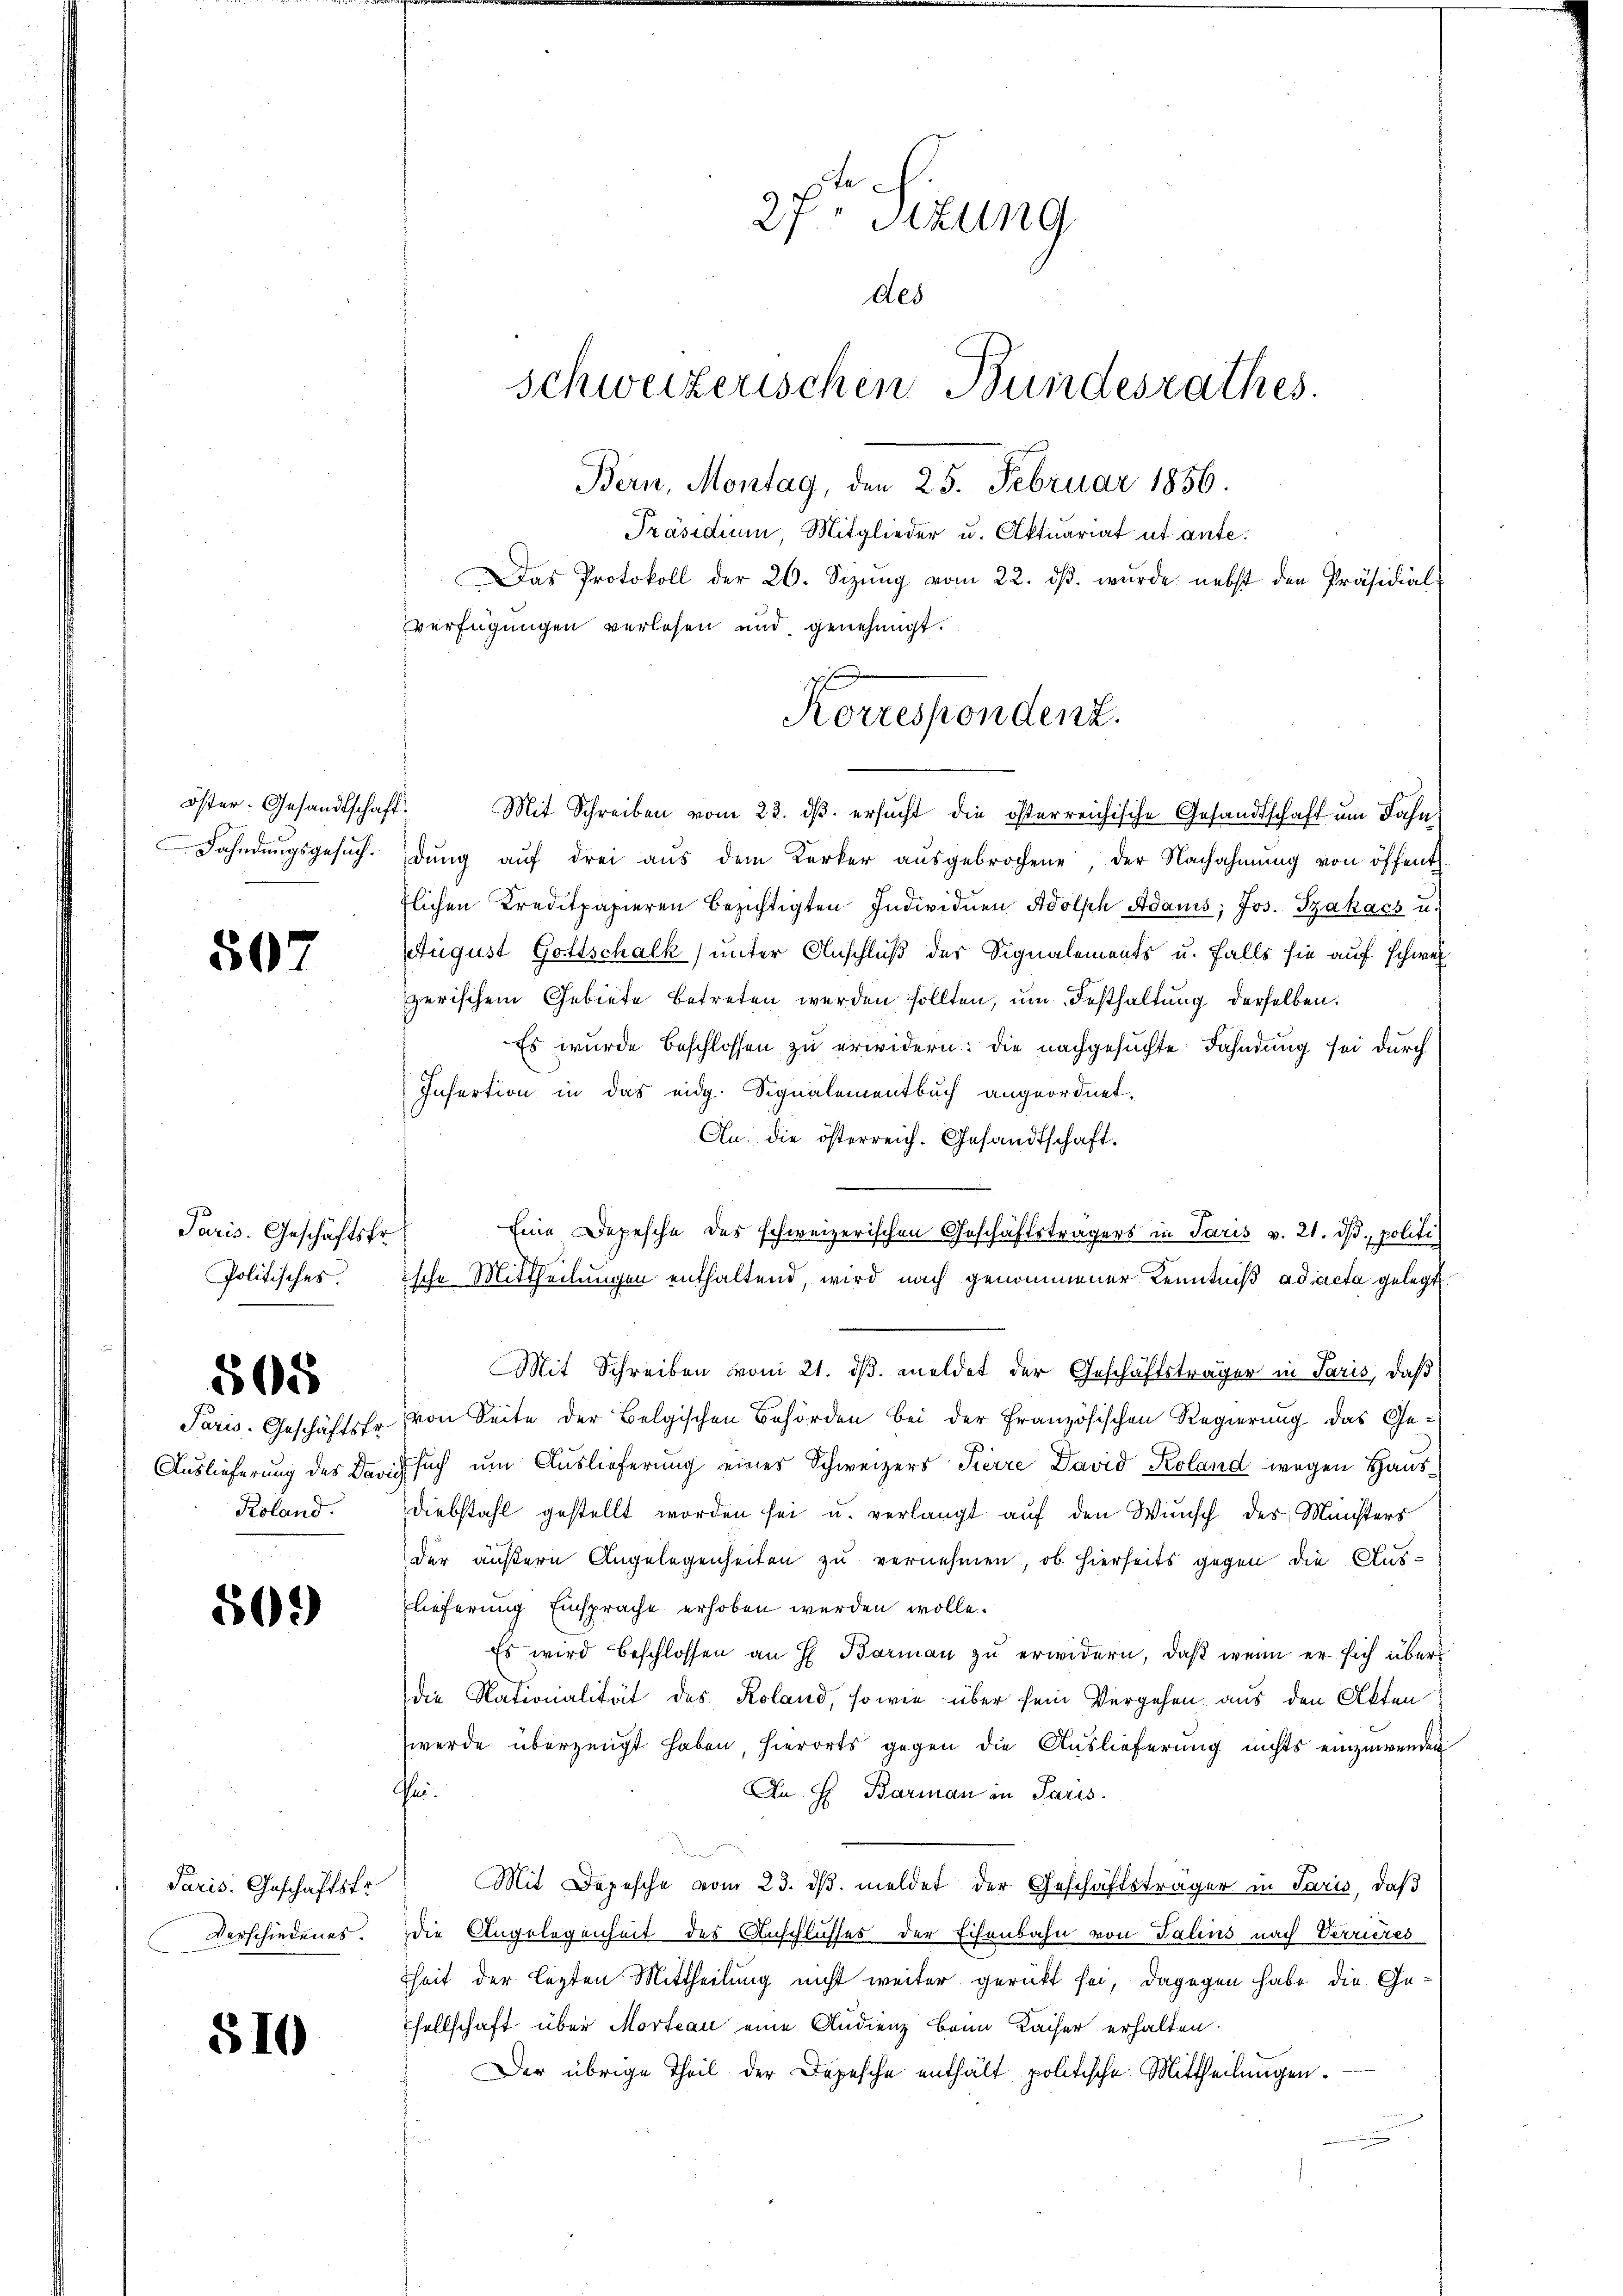
öster- Gesandtschaft
Fahndungsgesuch.

507

Paris. Geschäftsfr.
Politisches.

565

Paris Geschäftskr
Auslieferung des Dar
Roland.

509)

Paris. Geschäftstr
Verschiedenes.

510

a
27. Sitzung
des
Schweizerischen Bundesrathes.
Bern, Montag, den 25. Februar 1856.
Präsidium Mitglieder u. Aktuariat ut ante¬
Das Protokoll der 20. Sizŭng vom 22. dβ. wurde nebst den Präsidial-
verfügungen verlesen und genehmigt.

Korrespondenz.

Mit Schreiben vom 23. dβ. ersŭcht die österreichische Gesandtschaft um Fahn
dŭng aŭf drei aŭs dem Kerker aŭsgebrochene, der Nachahmung von öffent
tlichen Kreditpapieren bezichtigten Individuen Adolsch Adams, Jos. Szakach u.
August Gottschalk unter Anschluß des Signalements u. falls sie auf schwel
erischem Gebiete betreten werden sollten, um Festhaltung derselben.
Es wurde beschlossen zu erwidern: die nachgesuchte Fahndung sei durch
Infertion in das eidg. Signalementbuch angeordnet.
An: die österreich. Gesandtschaft.
Eine Depesche des schweizerischen Geschäftsträgers in Paris v. 21. dβ. politi
ische Mittheilungen enthaltend, wird nach genommener Kenntniß ad acta gelegt.
Mit Schreiben vom 21. dβ meldet der Geschäftsträger in Paris, daß
von Seite der Belgischen Behörden bei der Französischen Regierung das Ge¬
Esuch um Auslieferung eines Schweizers Pierre David Koland wegen Haus¬
Diebstahl gestellt worden sei u. verlangt auf den Wunsch des Münsters
der äußern Angelegenheiten zu vernehmen, ob hierseits gegen die Aus-
lieferung Einsprache erhoben werden wolle.
Es wird beschlossen an H. Barmaṅ zŭ erwidern, daß wenn er sich über
die Nationalität des Roland, sowie über sein Vergehen aus den Akten
werde überzeugt haben, hierorts gegen die Auslieferung nichts einzuwenden
hei¬
An H. Barman in Paris.
Mit Depesche vom 23. dβ meldet der Geschäftsträger in Paris, daß
die Angelegenheit des Anschlusses der Eisenbahn von Talins nach Verrieres
theit der lezten Mittheilung nicht weiter gerückt sei, dagegen habe die Gesellschaft über Morteau eine Audienz beim Kaiser erhalten.
Der übrige Theil der Depesche enthält politische Mittheilŭngen.